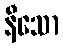
နီသော